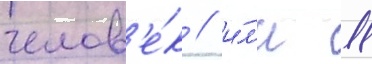
челов'е́к / и́л'и 11